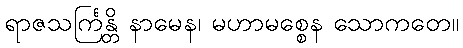
ရာဇသင်္ကြန္တိ နာမေန၊ မဟာမစ္စေန သောကတေ။